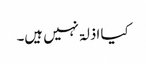
کیا اذلۃ نہیں ہیں۔